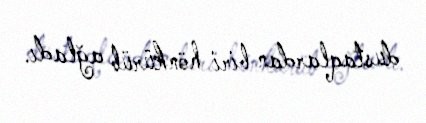
dustaqlardan biri hönkürüb ağladı.